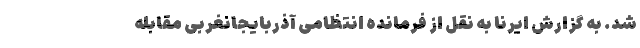
شد. به گزارش ایرنا به نقل از فرمانده انتظامی آذربایجانغربی مقابله